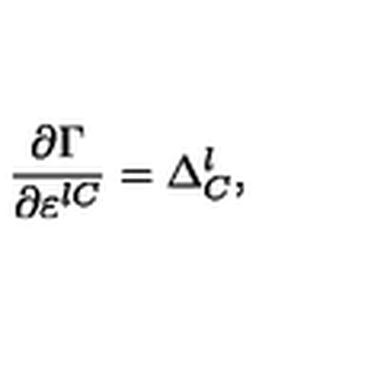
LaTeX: \frac { \partial \Gamma } { \partial \varepsilon ^ { l C } } = \Delta _ { C } ^ { l } ,